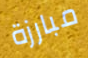
مبارزة